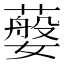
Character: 𦽮